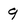
Character: 9